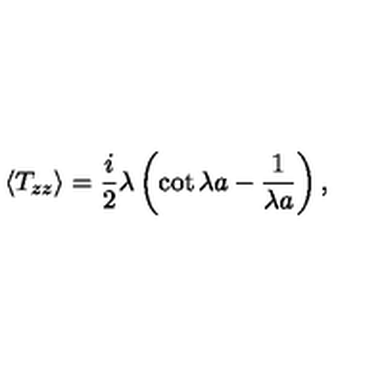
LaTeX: \langle T _ { z z } \rangle = { \frac { i } { 2 } } \lambda \left( \cot \lambda a - { \frac { 1 } { \lambda a } } \right) ,